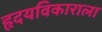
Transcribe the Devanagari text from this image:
हृदयविकाराला